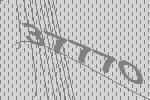
37770